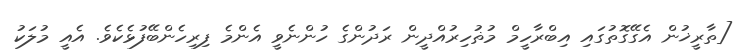
[ތާރީޚުން އެގޭގޮތުގައި އިބްރާހީމް މުޡުހިރުއްދީން ރަދުންގެ ހުންނެވީ އެންމެ ފިރިހެންބޭފުޅެކެވެ. އެއީ މުލަކު